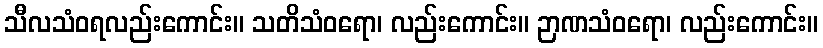
သီလသံဝရလည်းကောင်း။ သတိသံဝရော၊ လည်းကောင်း။ ဉာဏသံဝရော၊ လည်းကောင်း။